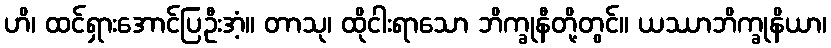
ဟိ၊ ထင်ရှားအောင်ပြဦးအံ့။ တာသု၊ ထိုငါးရာသော ဘိက္ခုနီတို့တွင်။ ယဿာဘိက္ခုနိယာ၊